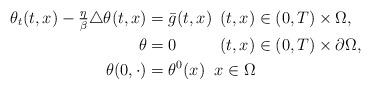
LaTeX: \begin{align*}\theta_{t}(t, x) - \tfrac{\eta}{\beta} \triangle \theta(t, x) &= \bar{g}(t, x)\phantom{0} (t, x) \in (0, T) \times \Omega, \\\theta &= 0\phantom{\bar{g}(t, x)} (t, x) \in (0, T) \times \partial \Omega, \\\theta(0, \cdot) &= \theta^{0}(x)\;\; x \in \Omega\end{align*}